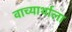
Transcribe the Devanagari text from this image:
वाच्यार्थाला